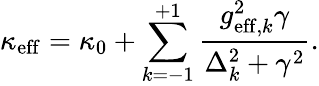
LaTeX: \kappa_{\mathrm{eff}}=\kappa_{0}+\sum_{k=-1}^{+1}\frac{g_{\mathrm{eff},k}^{2}\gamma}{\Delta_{k}^{2}+\gamma^{2}}.